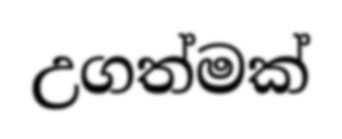
උගත්මක්